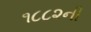
૧૮૮૨ની